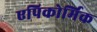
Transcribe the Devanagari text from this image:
एपिकोर्मिक